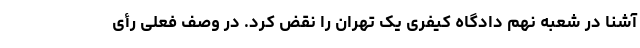
آشنا در شعبه نهم دادگاه کیفری یک تهران را نقض کرد. در وصف فعلی رأی